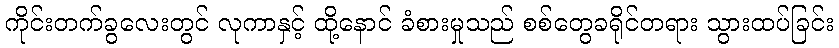
ကိုင်းတက်ခွလေးတွင် လုကာနှင့် ထို့နောင် ခံစားမှုသည် စစ်တွေခရိုင်တရား သွားထပ်ခြင်း